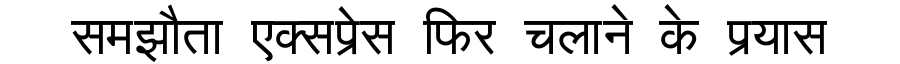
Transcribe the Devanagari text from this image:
समझौता एक्सप्रेस फिर चलाने के प्रयास